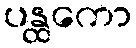
ပန္ထကော